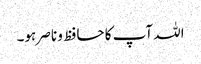
اللہ آپ کا حافظ و ناصر ہو۔